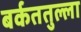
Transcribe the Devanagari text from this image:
बर्कततुल्ला